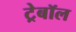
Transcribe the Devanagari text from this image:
ट्रेबॉल